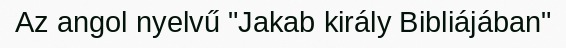
Az angol nyelvű "Jakab király Bibliájában"